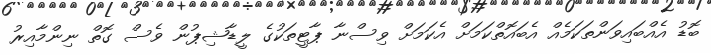
ބޮޑު އެއްބައިވަންތަކަމެއް އެބައޮތްކަމަށް އެކަމަށް ވިސްނާ ޕާޓީތަކުގެ ލީޑާޝިޕުން ވެސް ގޮތް ނިންމާއިރު